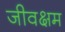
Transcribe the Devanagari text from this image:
जीवक्षम